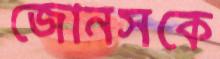
জোনসকে